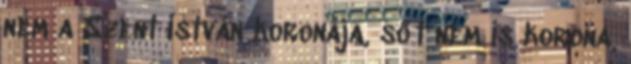
nem a Szent István koronája, sőt nem is korona,